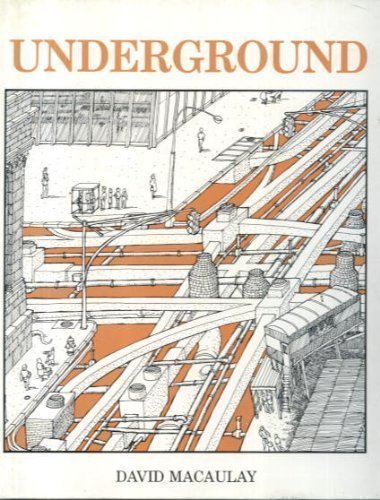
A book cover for Underground; David MACAULAY; Children's Books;